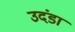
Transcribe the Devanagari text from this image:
उदंडा